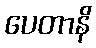
ပေတာနိ